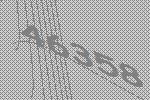
46358